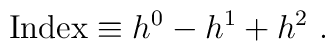
{\rm Index} \equiv h^0 - h^1 + h^2 \ .